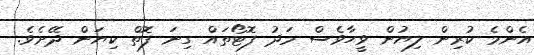
އެންމެ ކުރިން ލިޔުން ވީހާވެސް މަދު ފޮޓޯތައް ގިނަ ފޮތް ކިޔަން ދޭށެވެ.